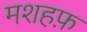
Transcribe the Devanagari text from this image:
मशहफ़